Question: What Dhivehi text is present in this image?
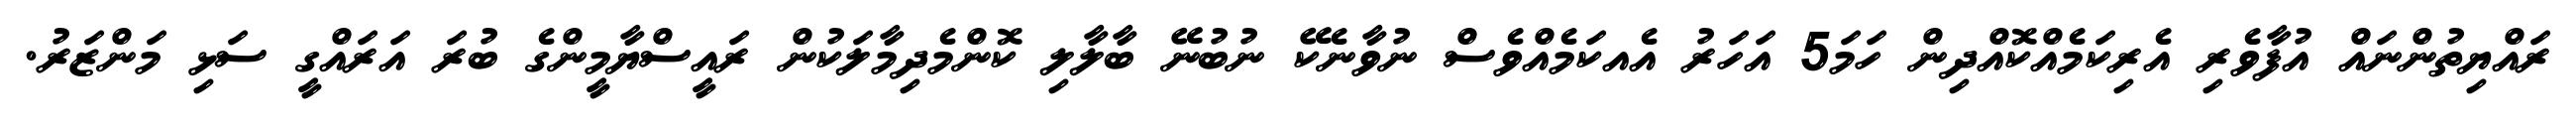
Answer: ރައްޔިތުންނައް އުފާވެރި އެރިކަމެއްކޮއްދިން ހަމަ5 އަހަރު އެއކަމެއްވެސް ނުވާނެކޭ ނުބުނޭ ބާލާލި ކޮންމެދިމާލަކުން ރައީސްޔާމީންގެ ބުރަ އަރައްގީ ސަޅި މަންޒަރު.